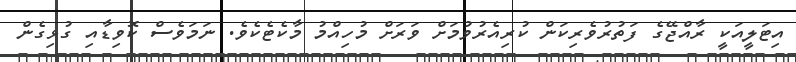
އިޓަލީއަކީ ރާއްޖޭގެ ފަތުރުވެރިކަން ކުރިއެރުވުމަށް ވަރަށް މުހިއްމު މާކެޓެކެވެ. ނަމަވެސް ކޮވިޑާއި ގުޅިގެން